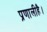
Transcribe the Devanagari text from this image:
प्रणालीहै।